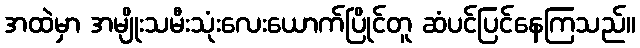
အထဲမှာ အမျိုးသမီးသုံးလေးယောက်ပြိုင်တူ ဆံပင်ပြင်နေကြသည်။